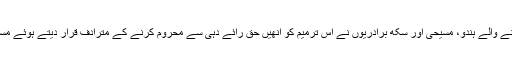
صوبے میں رہنے والے ہندو، مسیحی اور سکھ برادریوں نے اس ترمیم کو انھیں حق رائے دہی سے محروم کرنے کے مترادف قرار دیتے ہوئے مسترد کر دیا ہے۔